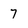
Character: 7